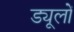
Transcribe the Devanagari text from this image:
ड्यूलों